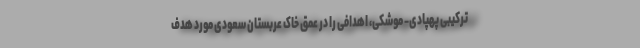
ترکیبی پهپادی- موشکی، اهدافی را در عمق خاک عربستان سعودی مورد هدف